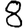
Digit: 8